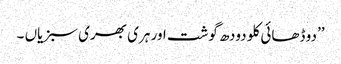
’’دو ڈھائی کلو دودھ گوشت اور ہری بھری سبزیاں ۔